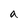
Character: a